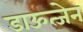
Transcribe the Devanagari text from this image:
डाऊत्जेन